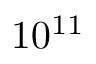
1 0 ^ { 1 1 }